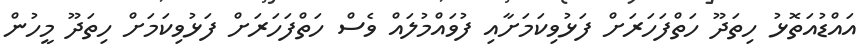
އައްޑުއަތޮޅު ހިތަދޫ ހަތްފަހަރަށް ފަޅުވިކަމަށާއި ފުވައްމުލައް ވެސް ހަތްފަހަރަށް ފަޅުވިކަމަށް ހިތަދޫ މީހުން